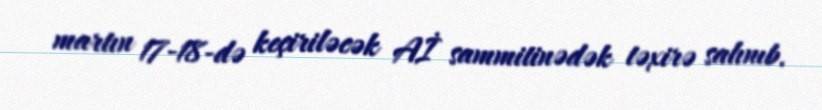
martın 17-18-də keçiriləcək Aİ sammitinədək təxirə salınıb.